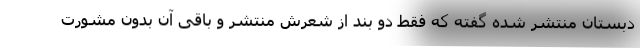
دبستان منتشر شده گفته که فقط دو بند از شعرش منتشر و باقی آن بدون مشورت